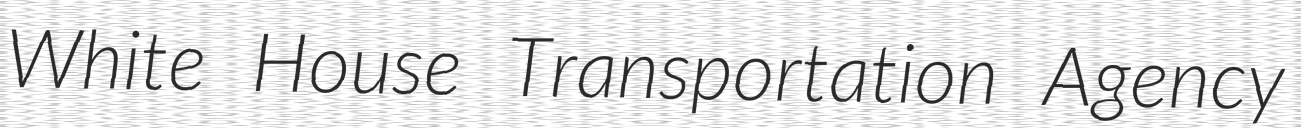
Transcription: White House Transportation Agency